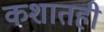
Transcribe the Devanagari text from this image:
कशातही